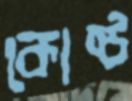
কোষ্ঠ